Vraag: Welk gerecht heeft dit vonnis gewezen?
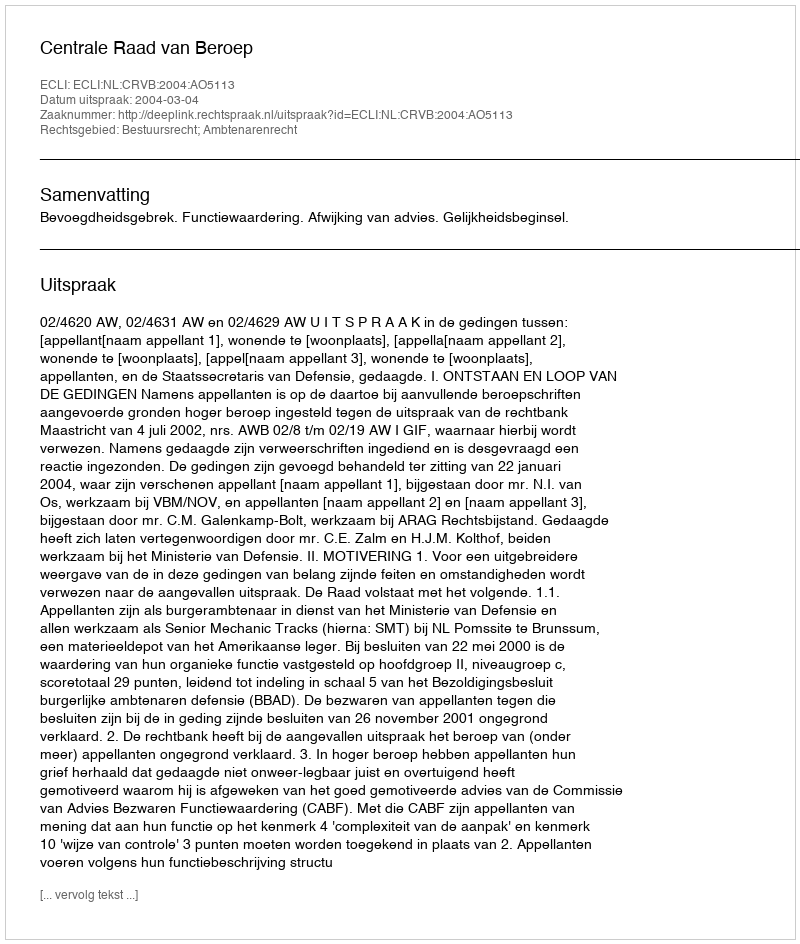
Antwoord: Centrale Raad van Beroep